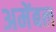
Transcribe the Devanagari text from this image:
अमेंबल